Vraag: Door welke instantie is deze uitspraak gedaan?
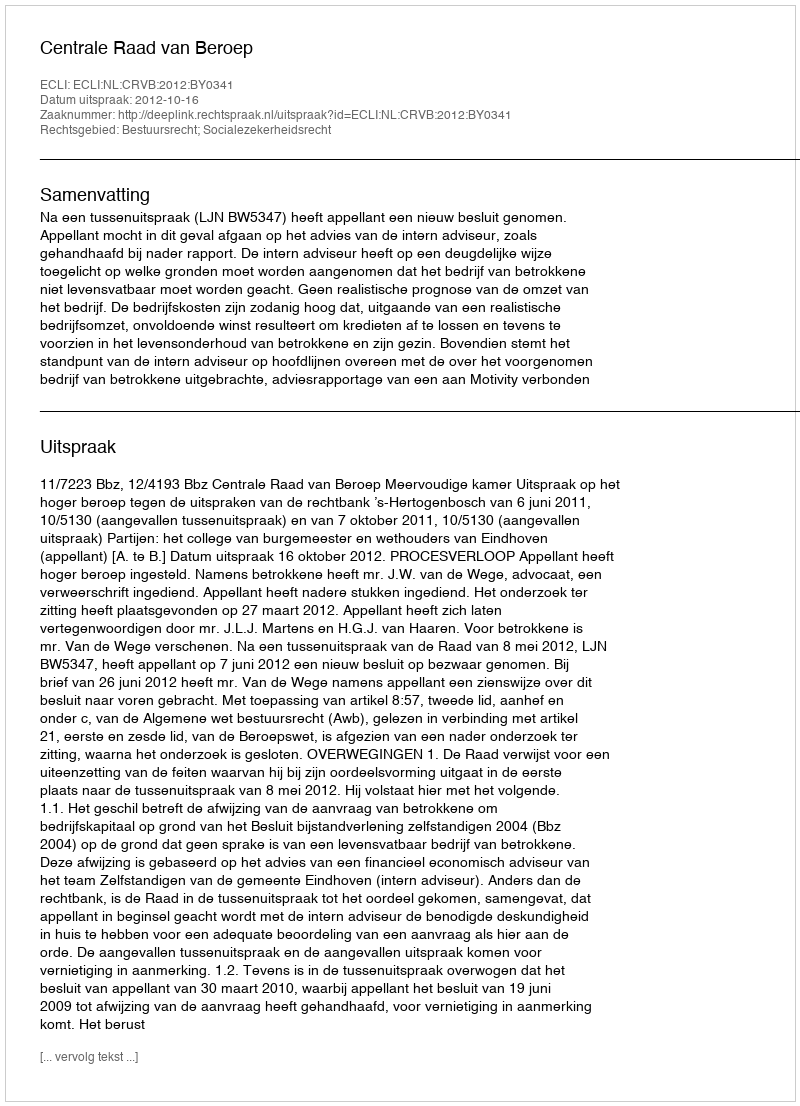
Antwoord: Centrale Raad van Beroep